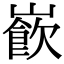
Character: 𡼽